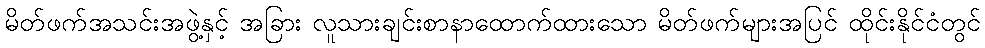
မိတ်ဖက်အသင်းအဖွဲ့နှင့် အခြား လူသားချင်းစာနာထောက်ထားသော မိတ်ဖက်များအပြင် ထိုင်းနိုင်ငံတွင်